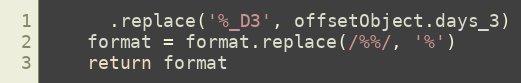
Language: JavaScript
      .replace('%_D3', offsetObject.days_3)
    format = format.replace(/%%/, '%')
    return format